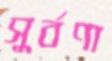
সুর্বণা